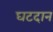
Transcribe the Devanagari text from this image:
घटदान